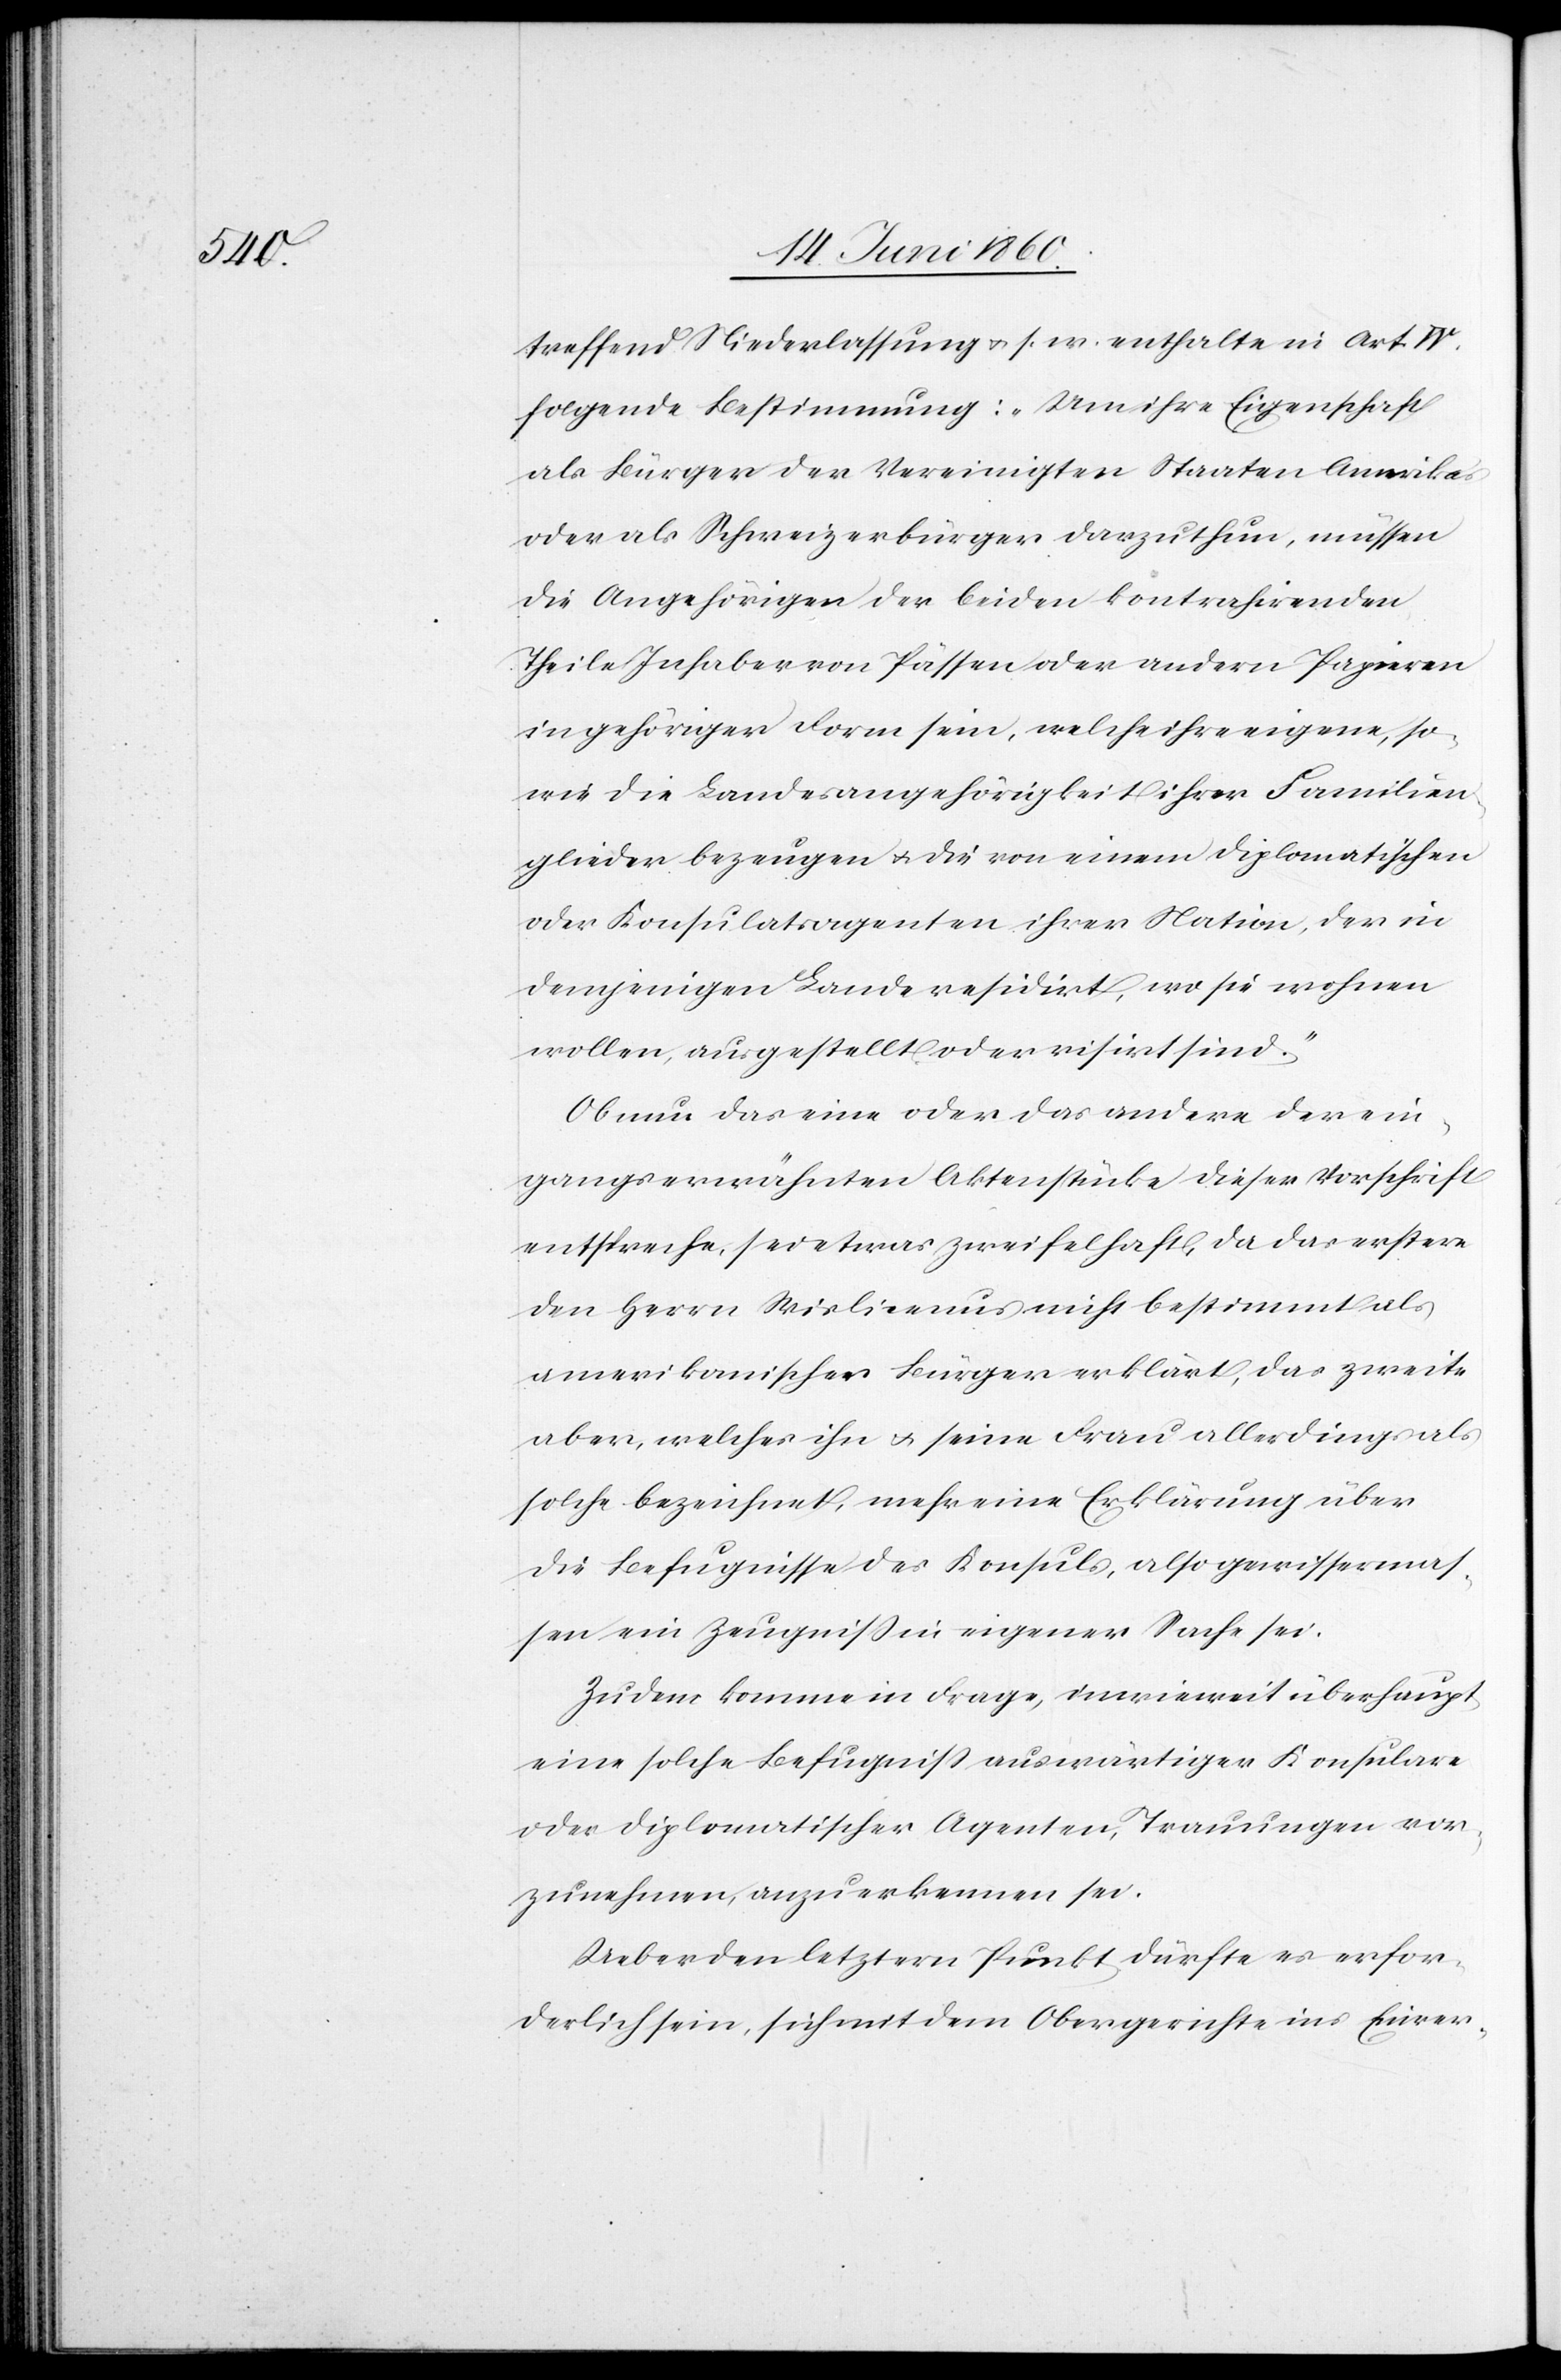
treffend Niederlassung u. s. w. enthalte in Art. IV.
folgende Bestimmung. „Um ihre Eigenschaft
als Bürger der Vereinigten Staaten Amerikas
oder als Schweizerbürger darzuthun, müssen
die Angehörigen der beiden kontrahirenden
Theile Inhaber von Pässen oder andern Papieren
in gehöriger Form sein, welche ihre eigene, so¬
wie die Landesangehörigkeit ihrer Familien¬
glieder bezeugen u. die von einem diplomatischen
oder Konsulatsagenten ihrer Nation, der in
demjenigen Lande residirt, wo sie wohnen
wollen, ausgestellt oder visirt sind.“
Ob nun das eine oder andere der ein¬
gangserwähnten Aktenstücke dieser Vorschrift
entspreche, sei etwas zweifelhaft, da das erstere
den Herrn Wislicemus nicht bestimmt als
amerikanischen Bürger erklärt, das zweite
aber, welches ihn u. seine Frau allerdings als
solche bezeichnet, mehr eine Erklärung über
die Befugnisse des Konsuls, also gewissermas¬
sen ein Zeugniss in eigener Sache sei.
Zudem komme in Frage, inwieweit überhaupt
eine solche Befugniss auswärtiger Konsulare
oder diplomatischer Agenten, Trauungen vor¬
zunehmen, anzuerkennen sei.
Ueber den letztern Punkt dürfte es erfor¬
derlich sein, sich mit dem Obergerichte ins Einver-